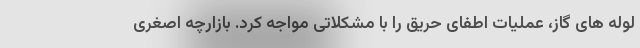
لوله های گاز، عملیات اطفای حریق را با مشکلاتی مواجه کرد. بازارچه اصغری